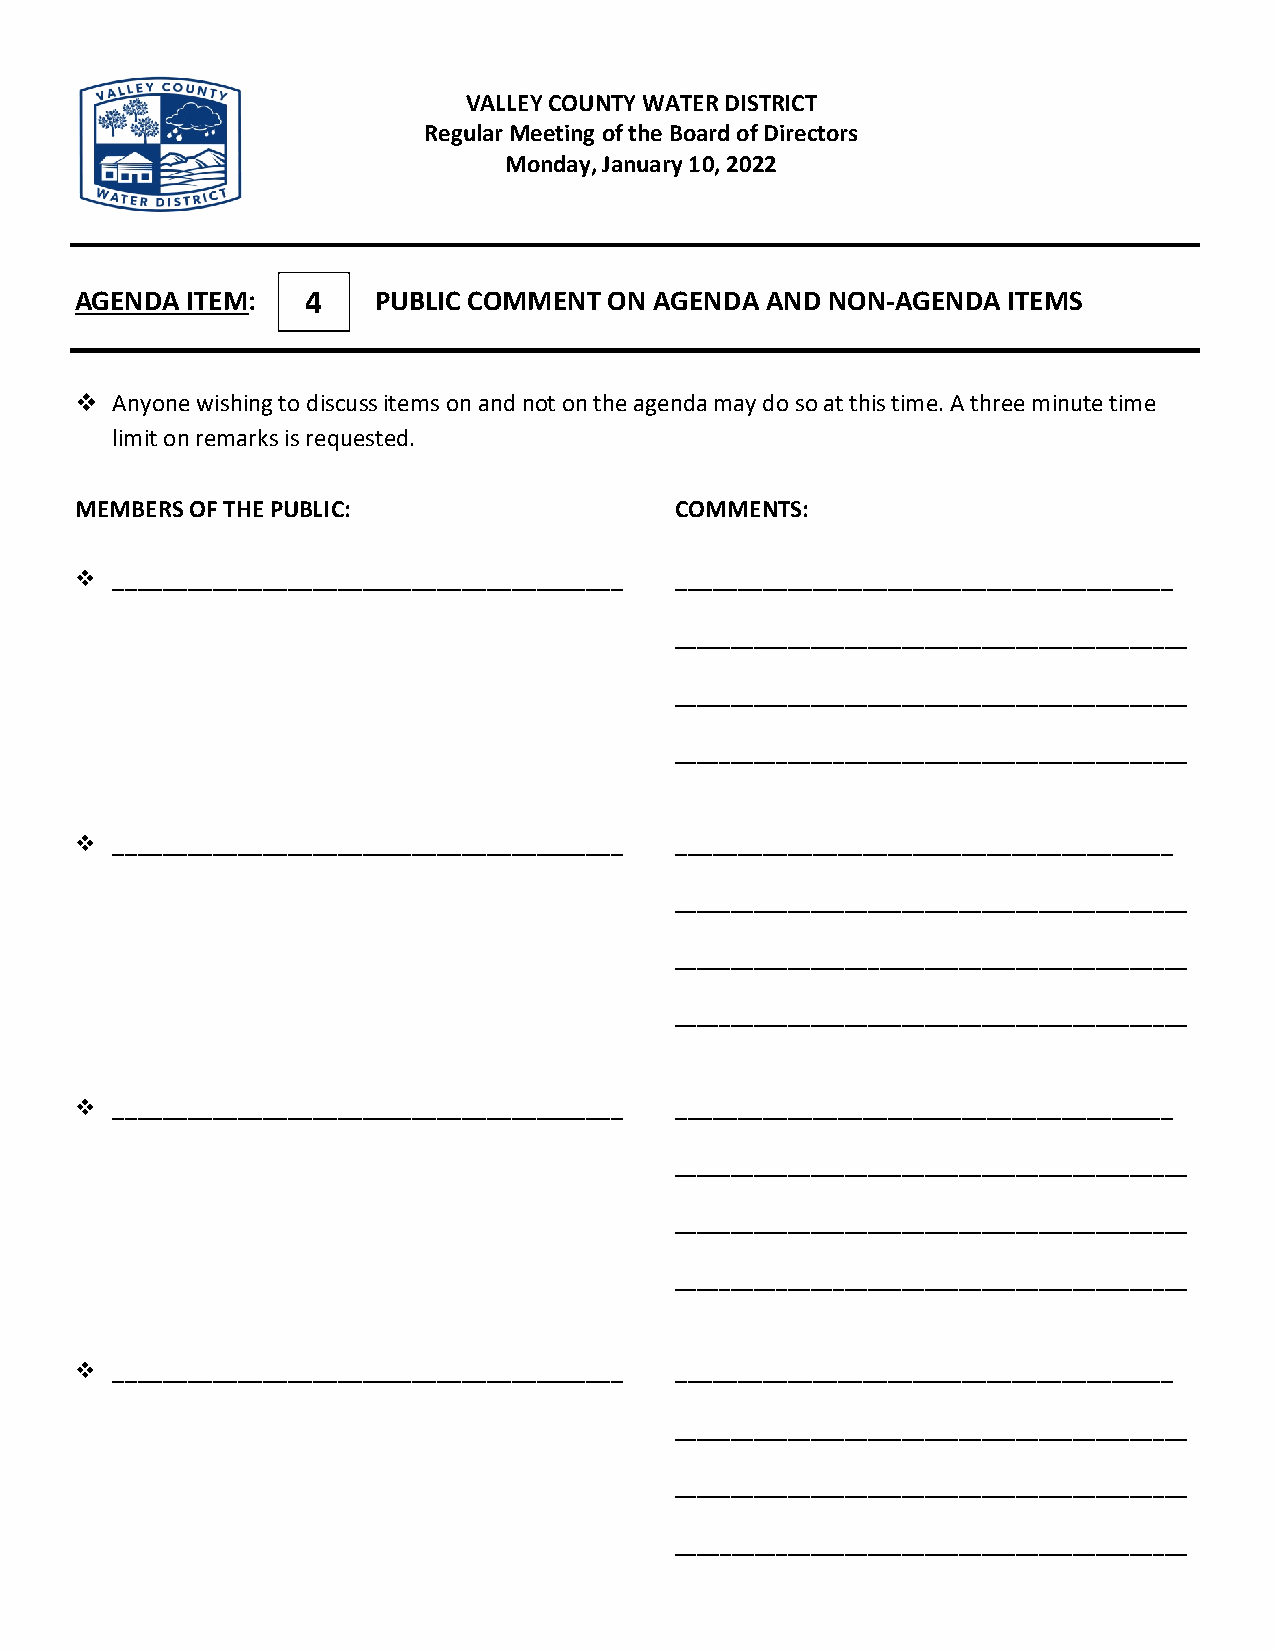
VALLEY COUNTY WATER DISTRICT
 Regular Meeting of the Board of Directors
 Monday, January 10, 2022
 AGENDA ITEM:   4    PUBLIC COMMENT ON AGENDA  AND NON-AGENDA  ITEMS
  Anyone wishing to discuss items on and not on the agenda may do so at this time. A three minute time
 limit on remarks is requested.
 MEMBERS OF THE PUBLIC:                  COMMENTS:
  _________________________________________ ________________________________________
 _____________________________________________
 _____________________________________________
 _____________________________________________
  _________________________________________ ________________________________________
 _____________________________________________
 _____________________________________________
 _____________________________________________
  _________________________________________ ________________________________________
 _____________________________________________
 _____________________________________________
 _____________________________________________
  _________________________________________ ________________________________________
 _____________________________________________
 _____________________________________________
 _____________________________________________